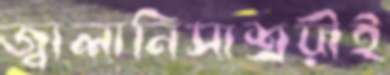
জ্বালানিসাশ্রয়ীই